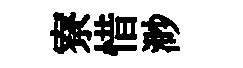
寮惜渺